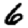
Digit: 6